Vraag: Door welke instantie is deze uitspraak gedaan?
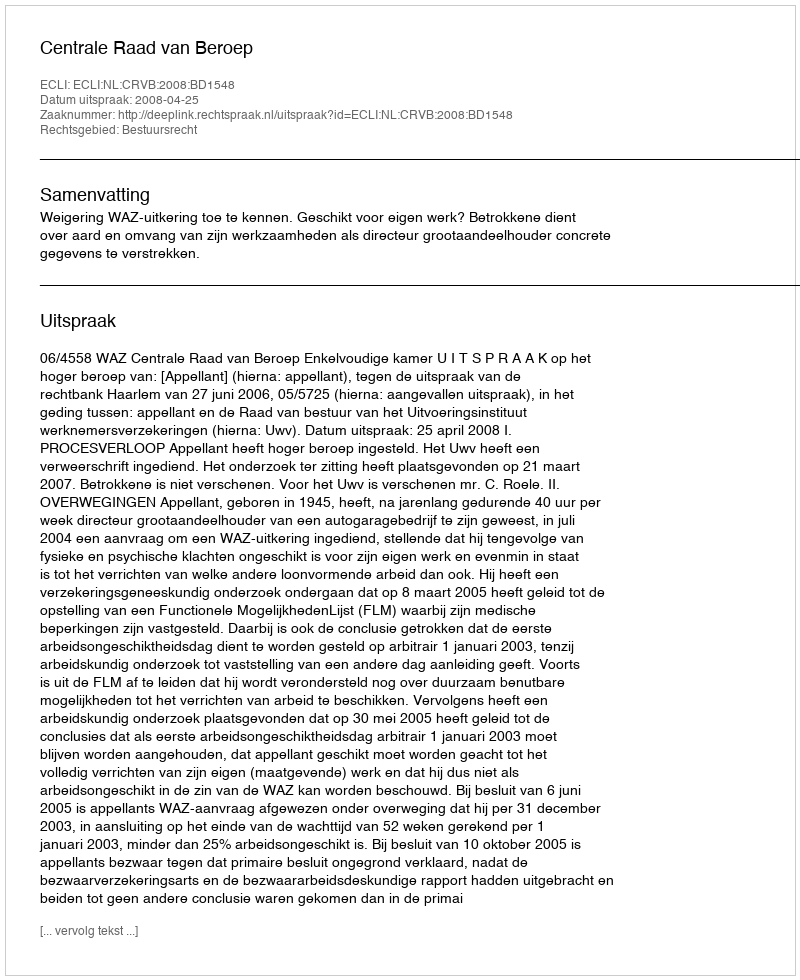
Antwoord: Centrale Raad van Beroep